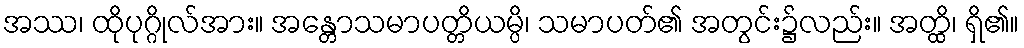
အဿ၊ ထိုပုဂ္ဂိုလ်အား။ အန္တောသမာပတ္တိယမ္ပိ၊ သမာပတ်၏ အတွင်း၌လည်း။ အတ္ထိ၊ ရှိ၏။